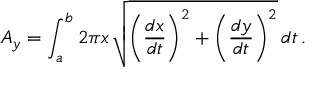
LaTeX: A _ { y } = \int _ { a } ^ { b } 2 \pi x \, { \sqrt { \left( { \frac { d x } { d t } } \right) ^ { 2 } + \left( { \frac { d y } { d t } } \right) ^ { 2 } } } \, d t \, .